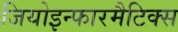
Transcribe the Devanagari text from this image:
जियोइन्फारमैटिक्स